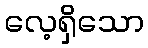
လေ့ရှိသော